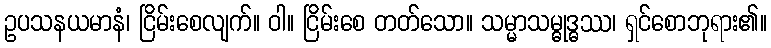
ဥပသနယမာနံ၊ ငြိမ်းစေလျက်။ ဝါ။ ငြိမ်းစေ တတ်သော။ သမ္မာသမ္ဓုဒ္ဓဿ၊ ရှင်စောဘုရား၏။